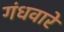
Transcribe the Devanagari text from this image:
गंधवारें